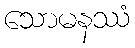
သောမနဿံ